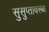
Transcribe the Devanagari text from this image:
सुसुप्तावस्था